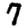
Digit: 7